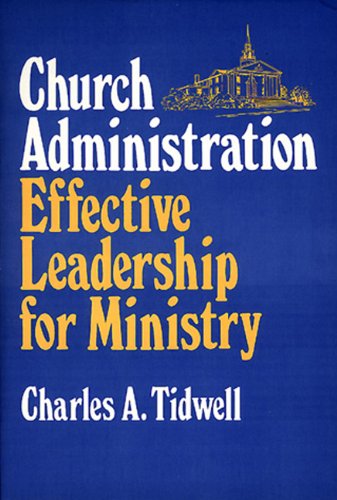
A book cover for Church Administration; Charles Tidwell; Christian Books & Bibles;